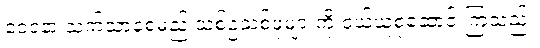
ဝေဒနာ သက်သာစေမည့် သစ်ဥသစ်ဖုများကို ဝယ်ယူစုဆောင်းကြသည်။